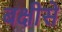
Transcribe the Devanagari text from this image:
बक्षीसे